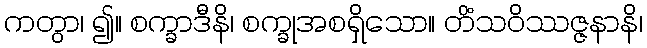
ကတွာ၊ ၍။ စက္ခာဒီနိ၊ စက္ခုအစရှိသော။ တိံသဝိဿဇ္ဇနာနိ၊